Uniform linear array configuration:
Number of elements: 8
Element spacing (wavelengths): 0.25
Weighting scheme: cosine
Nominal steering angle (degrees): -45
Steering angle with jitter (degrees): -46.321
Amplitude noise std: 0.05
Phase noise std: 0.05

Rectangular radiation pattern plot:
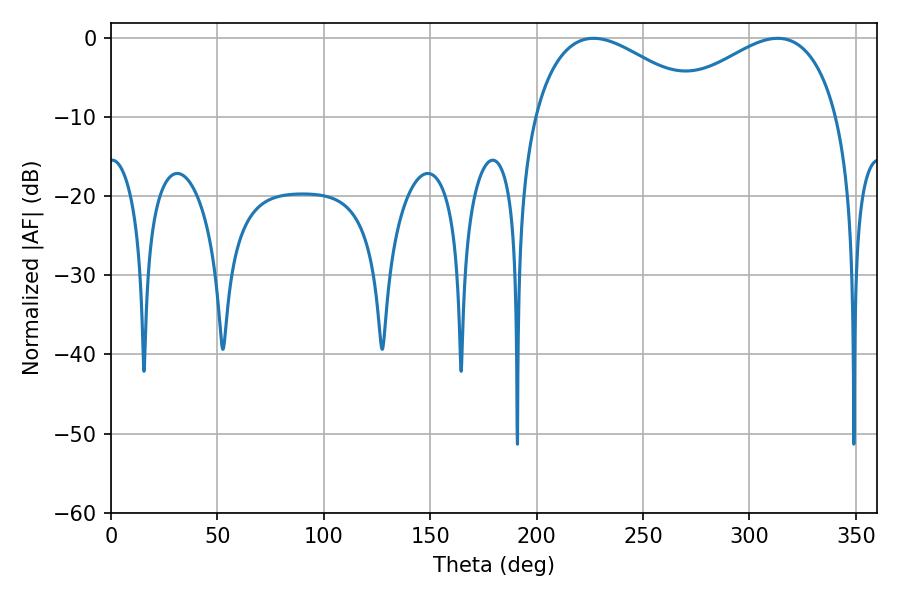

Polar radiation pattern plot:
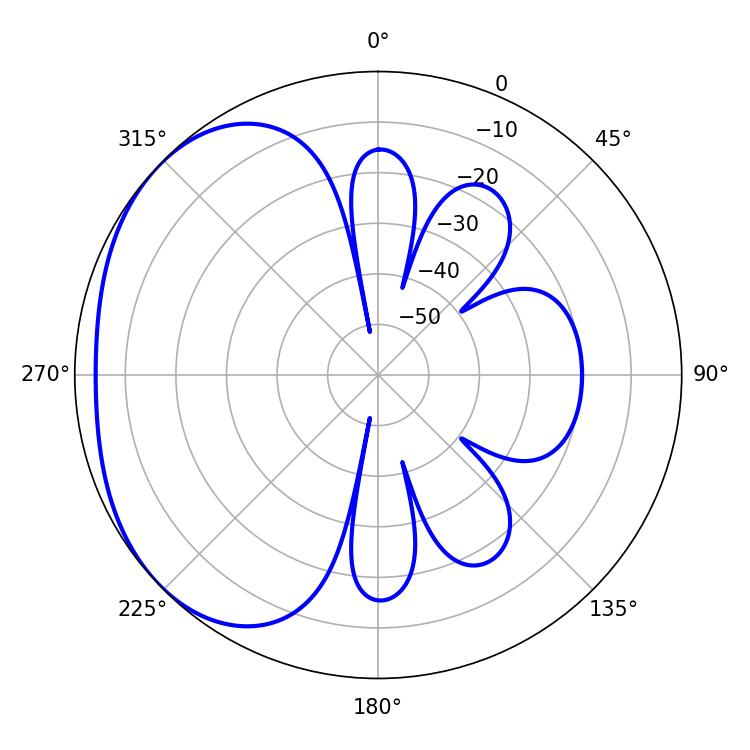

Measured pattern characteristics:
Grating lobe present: FALSE
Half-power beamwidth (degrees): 44.64
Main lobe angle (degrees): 226.8